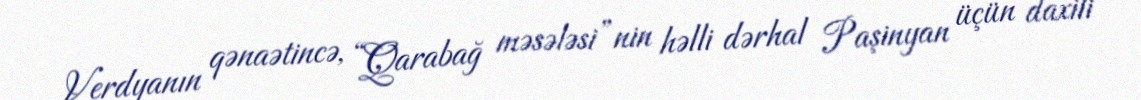
Verdyanın qənaətincə, “Qarabağ məsələsi”nin həlli dərhal Paşinyan üçün daxili